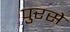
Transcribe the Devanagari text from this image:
पुरसे